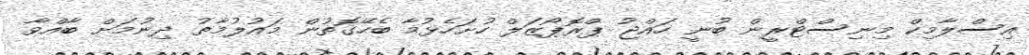
އިސްލާމިކް މިނިސްޓްރީން ބުނީ ހައްޖު ޕްރޮޕޯޒަލް ހުށަހެޅުމާ ބެހޭގޮތުން މައުލުމާތު ދިނުމަށް ބާއްވާ